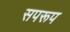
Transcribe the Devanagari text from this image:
सपरूप